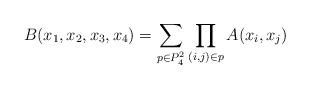
LaTeX: \begin{align*} B(x_1,x_2,x_3,x_4)=\sum_{p\in P_4^2}\prod_{(i,j)\in p} A(x_i,x_j)\end{align*}